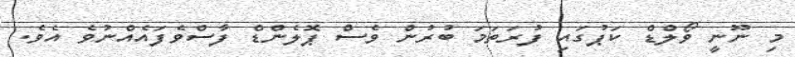
މި ނޫނީ ވޯލްޑް ކަޕުގައި ފުރަތަމަ ބުރުން ވެސް ޕޮލެންޑް ފާސްވެފައެއްނުވެ އެވެ.